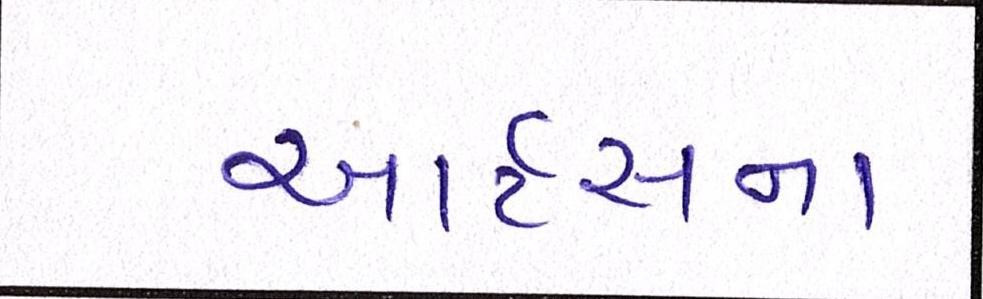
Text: આર્ટસના